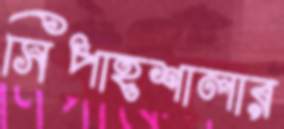
সিপাহশালার